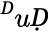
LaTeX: ^ḊuḌ